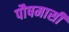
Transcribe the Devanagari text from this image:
पौषमासी